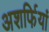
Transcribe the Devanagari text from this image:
अशर्फियां